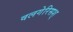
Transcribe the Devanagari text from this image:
वलगेरिसश्